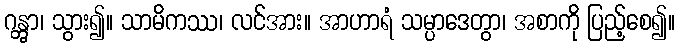
ဂန္တွာ၊ သွား၍။ သာမိကဿ၊ လင်အား။ အာဟာရံ သမ္ပာဒေတွာ၊ အစာကို ပြည့်စေ၍။